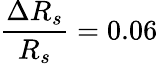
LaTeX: \frac{\Delta R_{s}}{R_{s}}=0.06